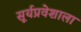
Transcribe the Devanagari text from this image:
सूर्यप्रवेशाला